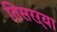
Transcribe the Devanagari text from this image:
तिसरऱ्या